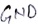
Text: GND